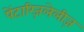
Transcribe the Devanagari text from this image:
पेंटाग्ज़िलेलीज़